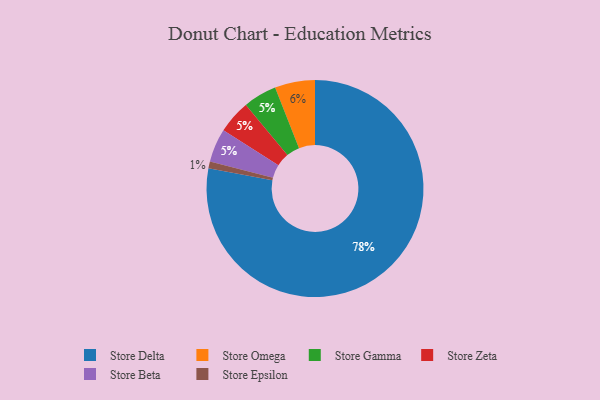
{"axis": {"x": "Category", "y": "Percentage"}, "legend": ["Store Beta", "Store Delta", "Store Epsilon", "Store Gamma", "Store Omega", "Store Zeta"], "data": [{"x": "Store Delta", "y": 78, "type": "Store Delta"}, {"x": "Store Gamma", "y": 5, "type": "Store Gamma"}, {"x": "Store Zeta", "y": 5, "type": "Store Zeta"}, {"x": "Store Omega", "y": 6, "type": "Store Omega"}, {"x": "Store Beta", "y": 5, "type": "Store Beta"}, {"x": "Store Epsilon", "y": 1, "type": "Store Epsilon"}]}